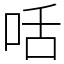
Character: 咶